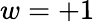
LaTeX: w=+1